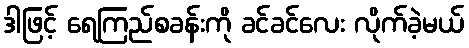
ဒါဖြင့် ရေကြည်စခန်းကို ခင်ခင်လေး လိုက်ခဲ့မယ်